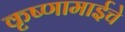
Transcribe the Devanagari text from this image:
कृष्णामाईचे